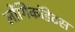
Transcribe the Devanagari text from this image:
लोंगिकॉडेटस